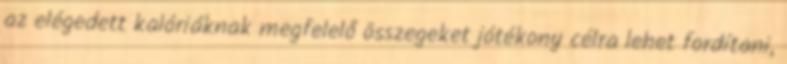
az elégedett kalóriáknak megfelelő összegeket jótékony célra lehet fordítani,